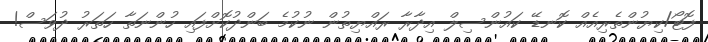
ފޮޓޯ/ކިޔުންތެރިއެއް ކޮނޑޭ ކައުންސިލް އިދާރާ ރައްޔިތުން ނުކުމެ ބަންދުކޮށްފައި ހުންނަތާ ހަތަރު ދުވަސް!